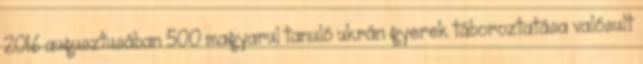
2016 augusztusában 500 magyarul tanuló ukrán gyerek táboroztatása valósult